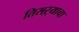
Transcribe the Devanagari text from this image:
तिसऱ्याचा